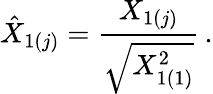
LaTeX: \hat{X}_{1(j)}=\displaystyle{\frac{X_{1(j)}}{\sqrt{X_{1(1)}^{2}}}}\, .